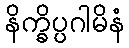
နိက္ခိပ္ပဂါမိနံ